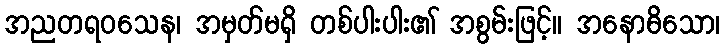
အညတရဝသေန၊ အမှတ်မရှိ တစ်ပါးပါး၏ အစွမ်းဖြင့်။ အနောဓိသော၊